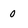
Character: 0